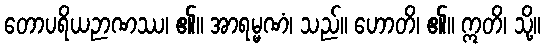
တောပရိယဉာဏဿ၊ ၏။ အာရမ္မဏံ၊ သည်။ ဟောတိ၊ ၏။ ဣတိ၊ သို့။